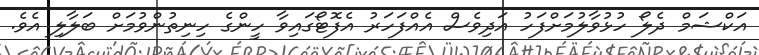
އަކްޝަމް ދެލޯ ހުޅުވާލުމަށްފަހު އަދިވެސް އެއްފަހަރު އެފޮޓޯގައިވާ ހީންގެ ހިނިތުންވުމަށް ބަލާލި އެވެ.